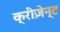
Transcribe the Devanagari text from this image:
क्रीज़ेन्ट